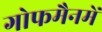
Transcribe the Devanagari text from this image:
गोफमैनमें